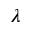
\lambda